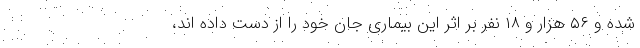
شده و ۵۶ هزار و ۱۸ نفر بر اثر این بیماری جان خود را از دست داده اند،